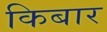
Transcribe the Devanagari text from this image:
किबार